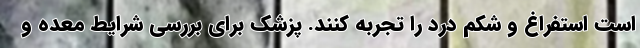
است استفراغ و شکم درد را تجربه کنند. پزشک برای بررسی شرایط معده و